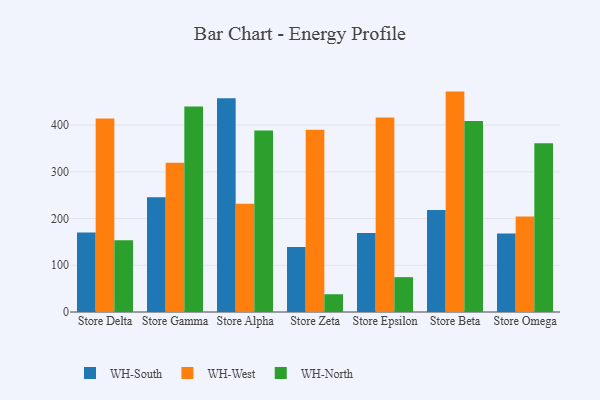
{"axis": {"x": "Store", "y": "Demand Index"}, "legend": ["WH-North", "WH-South", "WH-West"], "data": [{"x": "Store Delta", "y": 169.9, "type": "WH-South"}, {"x": "Store Delta", "y": 414.3, "type": "WH-West"}, {"x": "Store Delta", "y": 153.5, "type": "WH-North"}, {"x": "Store Gamma", "y": 245.4, "type": "WH-South"}, {"x": "Store Gamma", "y": 319.2, "type": "WH-West"}, {"x": "Store Gamma", "y": 439.8, "type": "WH-North"}, {"x": "Store Alpha", "y": 457.7, "type": "WH-South"}, {"x": "Store Alpha", "y": 231.5, "type": "WH-West"}, {"x": "Store Alpha", "y": 388.6, "type": "WH-North"}, {"x": "Store Zeta", "y": 138.9, "type": "WH-South"}, {"x": "Store Zeta", "y": 390.2, "type": "WH-West"}, {"x": "Store Zeta", "y": 38.0, "type": "WH-North"}, {"x": "Store Epsilon", "y": 169.3, "type": "WH-South"}, {"x": "Store Epsilon", "y": 416.3, "type": "WH-West"}, {"x": "Store Epsilon", "y": 74.6, "type": "WH-North"}, {"x": "Store Beta", "y": 218.1, "type": "WH-South"}, {"x": "Store Beta", "y": 471.7, "type": "WH-West"}, {"x": "Store Beta", "y": 409.0, "type": "WH-North"}, {"x": "Store Omega", "y": 167.8, "type": "WH-South"}, {"x": "Store Omega", "y": 204.6, "type": "WH-West"}, {"x": "Store Omega", "y": 361.1, "type": "WH-North"}]}